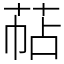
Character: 萜